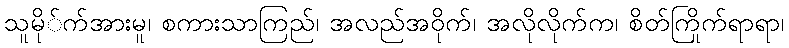
သူမို်က်အားမူ၊ စကားသာကြည်၊ အလည်အဝိုက်၊ အလိုလိုက်က၊ စိတ်ကြိုက်ရာရာ၊